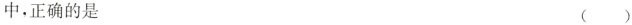
中，正确的是 ( )